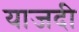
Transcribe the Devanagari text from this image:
याजदी